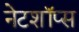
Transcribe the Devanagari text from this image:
नेटशॉप्स